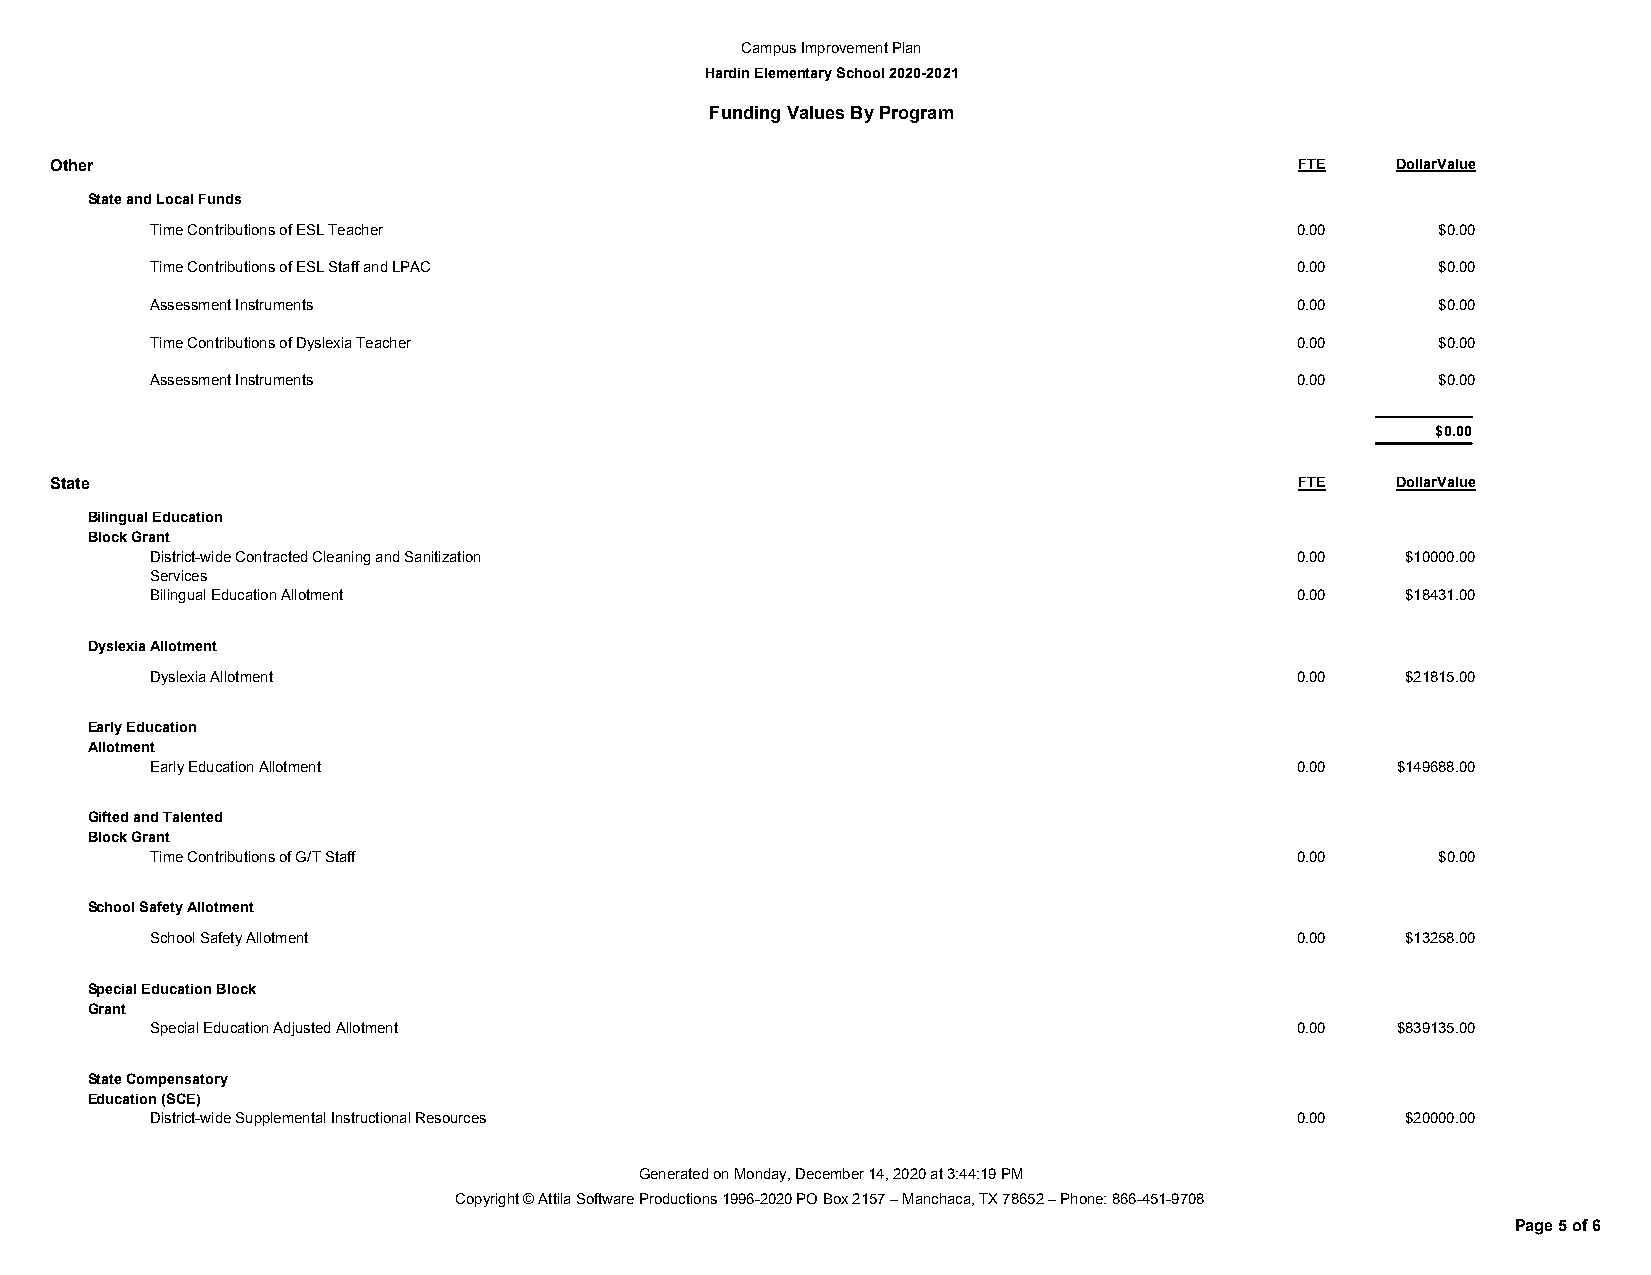
Campus Improvement Plan
 Hardin Elementary School 2020-2021
 Funding Values By Program
 Other                                                                              FTE   DollarValue
 State and Local Funds
 Time Contributions of ESL Teacher                                           0.00     $0.00
 Time Contributions of ESL Staff and LPAC                                    0.00     $0.00
 Assessment Instruments                                                      0.00     $0.00
 Time Contributions of Dyslexia Teacher                                      0.00     $0.00
 Assessment Instruments                                                      0.00     $0.00
 $0.00
 State                                                                              FTE   DollarValue
 Bilingual Education
 Block Grant
 District-wide Contracted Cleaning and Sanitization                          0.00   $10000.00
 Services
 Bilingual Education Allotment                                               0.00   $18431.00
 Dyslexia Allotment
 Dyslexia Allotment                                                          0.00   $21815.00
 Early Education
 Allotment
 Early Education Allotment                                                   0.00  $149688.00
 Gifted and Talented
 Block Grant
 Time Contributions of G/T Staff                                             0.00     $0.00
 School Safety Allotment
 School Safety Allotment                                                     0.00   $13258.00
 Special Education Block
 Grant
 Special Education Adjusted Allotment                                        0.00  $839135.00
 State Compensatory
 Education (SCE)
 District-wide Supplemental Instructional Resources                          0.00   $20000.00
 Generated on Monday, December 14, 2020 at 3:44:19 PM
 Copyright © Attila Software Productions 1996-2020 PO Box 2157 – Manchaca, TX 78652 – Phone: 866-451-9708
 Page 5 of 6